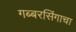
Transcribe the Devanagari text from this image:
गब्बरसिंगाचा